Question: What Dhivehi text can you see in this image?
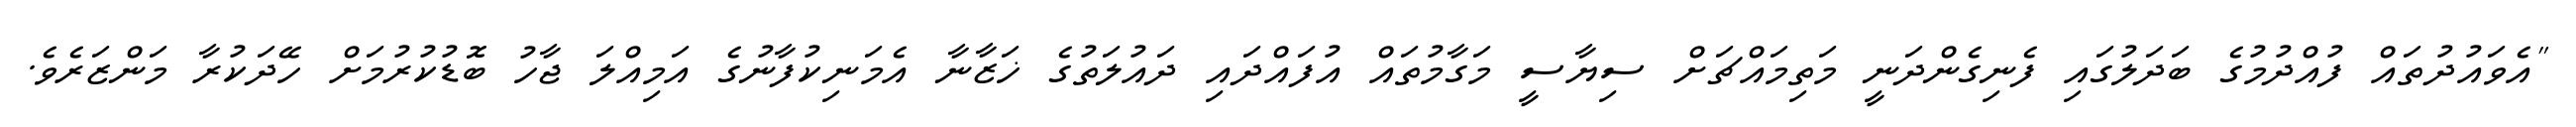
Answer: "އެވައުދުތައް ފުއްދުމުގެ ބަދަލުގައި ފެނިގެންދަނީ މަތިމައްޗަށް ސިޔާސީ މަގާމުތައް އުފައްދައި ދައުލަތުގެ ޚަޒާނާ އެމަނިކުފާނުގެ އަމިއްލަ ޖާހު ބޮޑުކުރުމަށް ހޭދަކުރާ މަންޒަރެވެ.